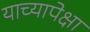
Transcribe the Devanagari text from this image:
याच्यापेक्षा